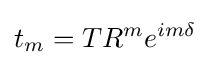
t_{m}=TR^{m}e^{im\delta }